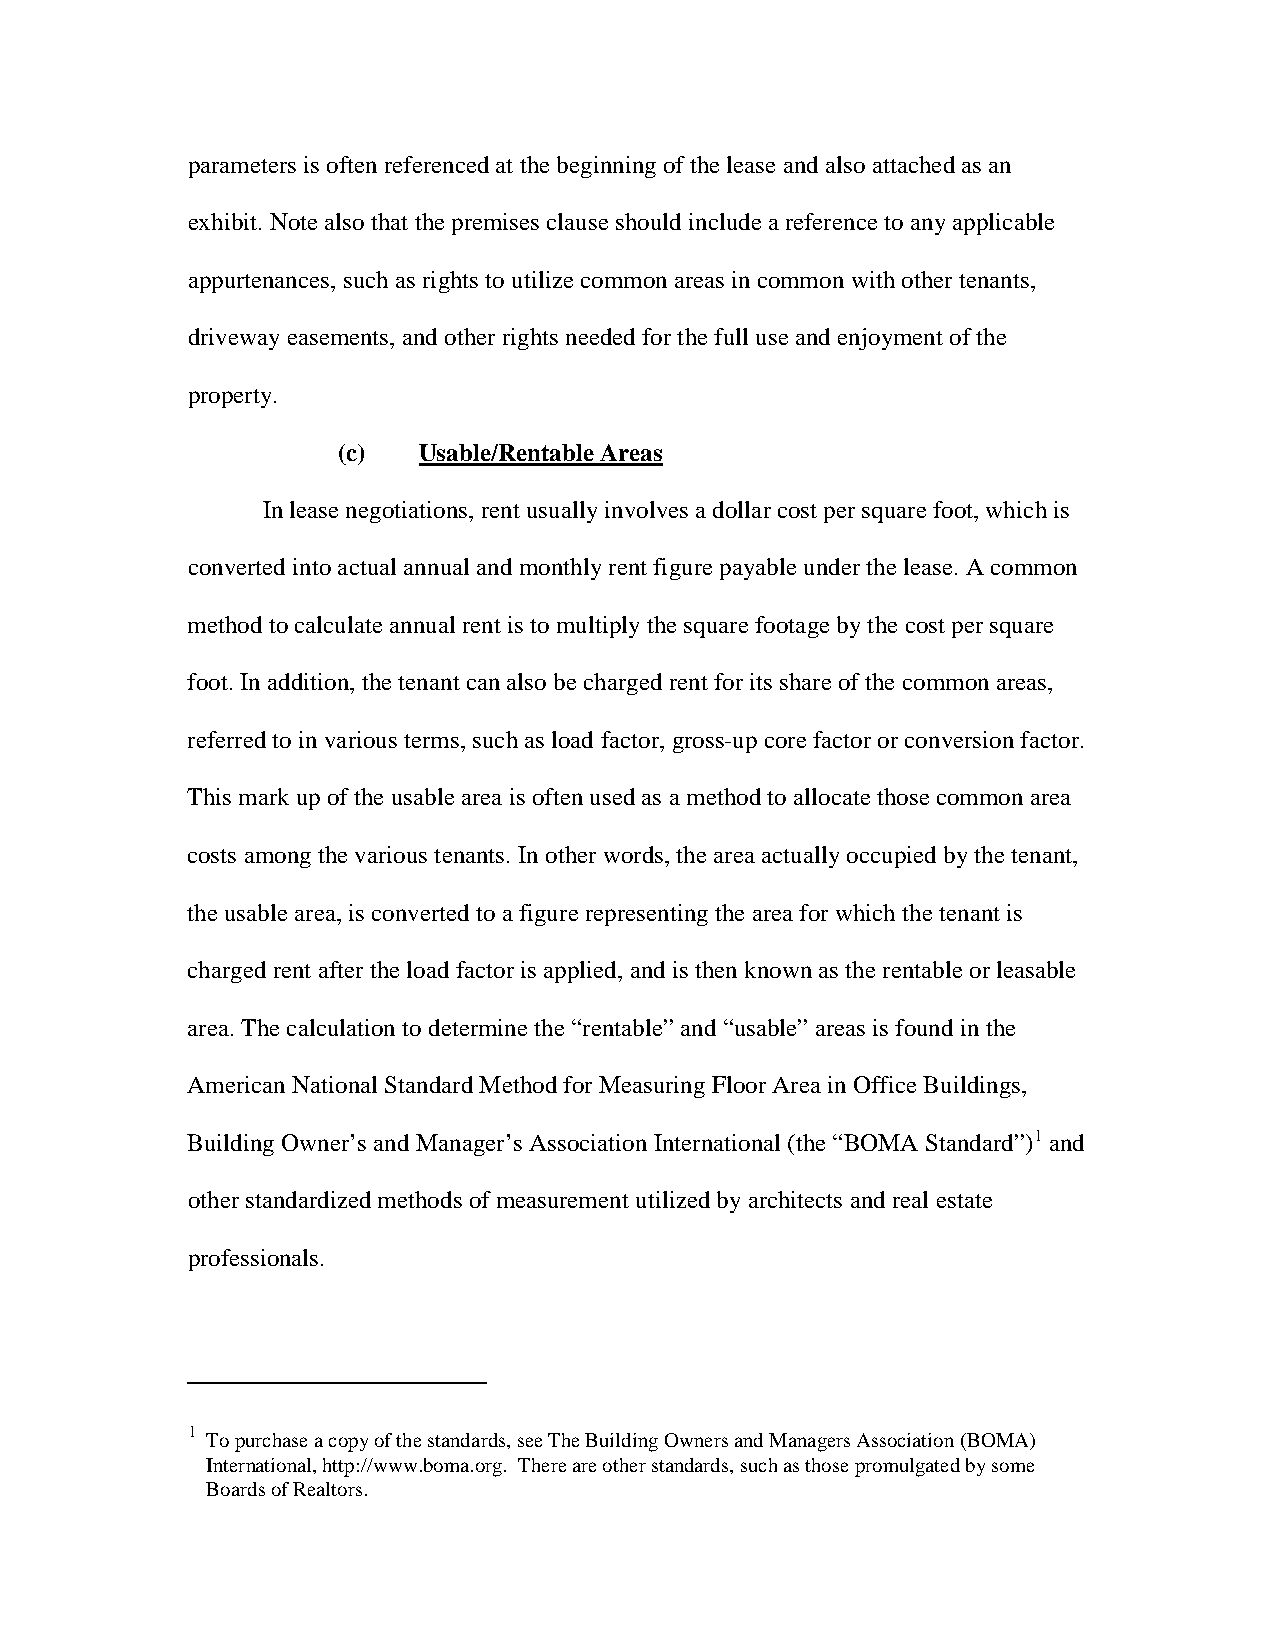
parameters is often referenced at the beginning of the lease and also attached as an
 exhibit. Note also that the premises clause should include a reference to any applicable
 appurtenances, such as rights to utilize common areas in common with other tenants,
 driveway easements, and other rights needed for the full use and enjoyment of the
 property.
 (c)   Usable/Rentable Areas
 In lease negotiations, rent usually involves a dollar cost per square foot, which is
 converted into actual annual and monthly rent figure payable under the lease. A common
 method to calculate annual rent is to multiply the square footage by the cost per square
 foot. In addition, the tenant can also be charged rent for its share of the common areas,
 referred to in various terms, such as load factor, gross-up core factor or conversion factor.
 This mark up of the usable area is often used as a method to allocate those common area
 costs among the various tenants. In other words, the area actually occupied by the tenant,
 the usable area, is converted to a figure representing the area for which the tenant is
 charged rent after the load factor is applied, and is then known as the rentable or leasable
 area. The calculation to determine the “rentable” and “usable” areas is found in the
 American National Standard Method for Measuring Floor Area in Office Buildings,
 Building Owner’s and Manager’s Association International (the “BOMA Standard”)1 and
 other standardized methods of measurement utilized by architects and real estate
 professionals.
 1
 To purchase a copy of the standards, see The Building Owners and Managers Association (BOMA)
 International, http://www.boma.org. There are other standards, such as those promulgated by some
 Boards of Realtors.